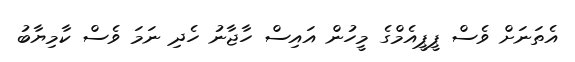
އެތަނަށް ވެސް ޕީޕީއެމްގެ މީހުން އައިސް ހާޖާނު ހެދި ނަމަ ވެސް ކާމިޔާބު